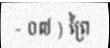
- ០៧ ) ព្រៃ